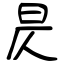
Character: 昃